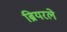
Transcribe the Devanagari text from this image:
ब्रियरले